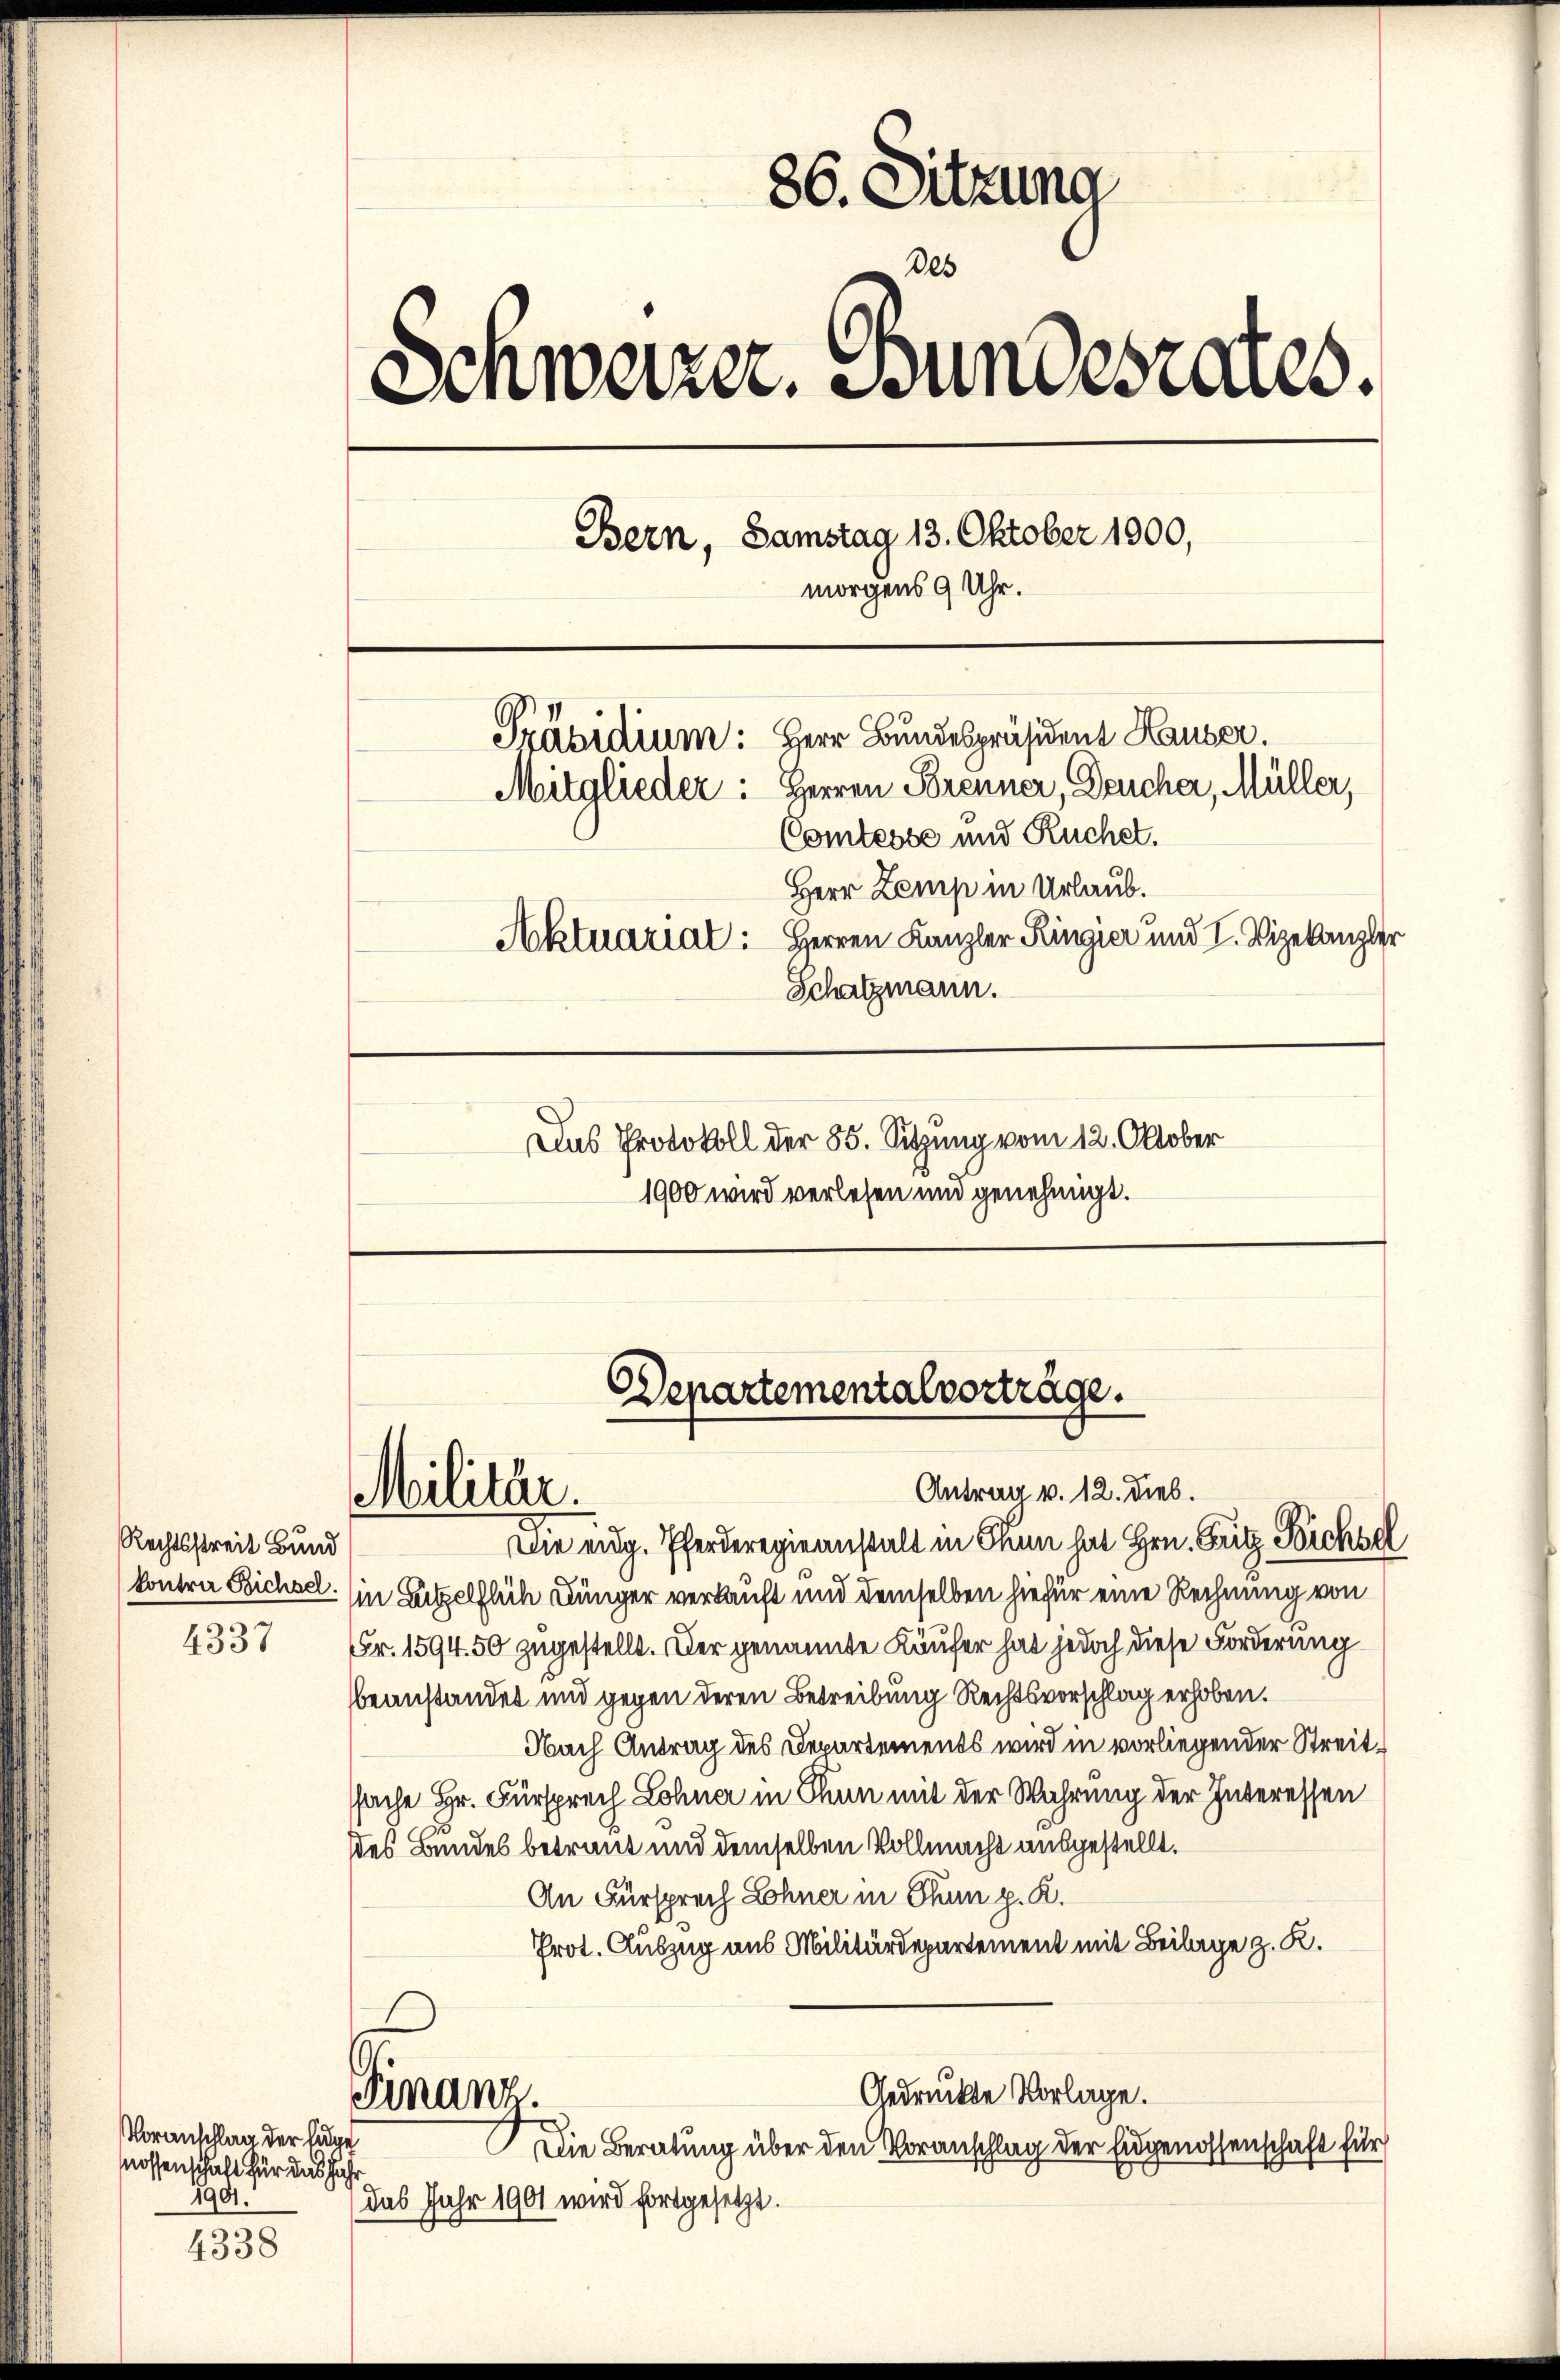
Rechtsstreit Bund

4337

Voranschlag der sage
nossenschaft für das Jahr
1901.

4338

86. Sitzung
Des
Schweizer. Bundesrates.
Bern, Samstag 13. Oktober 1900,
morgens 9 Uhr.
Präsidium: Herr Bundespräsident Hauser.
Mitglieder: Herren Brenner, Deucher, Müller,
Comtesse und Ruchet.
Herr Zemp in Urlaub.
Aktuarial: Herren Kanzler Ringier und I. Vizekanzler
Schatzmann.
Das Protokoll der 85. Sitzung vom 12. Oktober

1900 wird verlesen und genehmigt.

Departementalvorträge.
Antrag v. 12. Dieb.
Militär.

Die eidg. Pferderegieanstalt in Thun hat Hrn. Erig Bichsel
kontra Bichsel. (in Satzelflich Dünger verkauft und demselben hiefür eine Rechnung von
Fr. 1594. 50 zugestellt. Der genannte Käufer hat jedoch diese Forderung
beanstandet und gegen deren Betreibung Rechtsvorschlag erhoben.
Nach Antrag des Departements wird in vorliegender Streitsache Hr. Fürsprech Lohner in Thun mit der Wahrung der Interessen
des Bundes betraut und demselben Vollmacht ausgestellt.
An Fürsprech Lohner in Thun p. K.
Prot. Auszug aus Militärdepartement mit Beilage z. K.
Gedruckte Vorlage.
Finanz.
Die Beratung über den Voranschlag der Eidgenossenschaft für
das Jahr 1901 wird fortgesetzt.